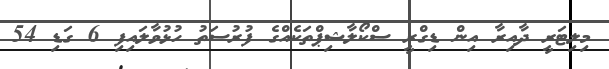
މިލިޓަރީ ދާއިރާ އިން ޑިގްރީ ސްކޯލާޝިޕްތަކެއްގެ ފުރުސަތު ހުޅުވާލައިފި 6 ގަޑި 54